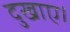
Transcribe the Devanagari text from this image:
दुखाए।